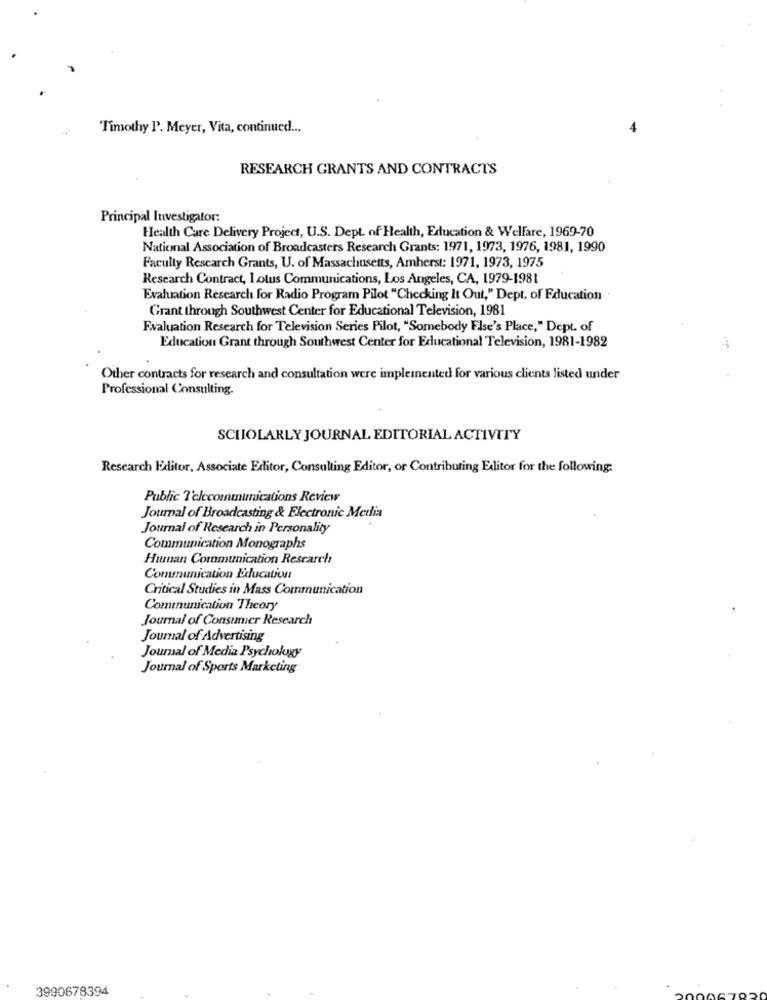
Timothy P. Meyer, Vita, continued ...
RESEARCH GRANTS AND CONTRACTS
Principal Investigator:
Health Care Delivery Project, U.S. Dept. of Health, Education & Welfare, 1969-70
National Association of Broadcasters Research Grants: 1971, 1973, 1976, 1981, 1990
Faculty Rescarch Grants, U. of Massachusetts, Amherst: 1971, 1973, 1975
Research Contract, Lotus Communications, Los Angeles, CA, 1979-1981
Evaluation Research for Radio Program Pilot "Checking It Out," Dept. of Education
Grant through Southwest Center for Educational Television, 1981
Evaluation Research for Television Series Pilot, "Somebody Else's Place," Dept. of
Education Grant through Southwest Center for Educational Television, 1981-1982
Other contracts for research and consultation were implemented for various clients listed under
Professional Consulting.
SCHOLARLY JOURNAL EDITORIAL ACTIVITY
Research Editor, Associate Editor, Consulting Editor, or Contributing Editor for the following:
Public T'elecommunications Review
Journal of Broadcasting & Electronic Media
Journal of Research in Personality
Communication Monographs
Human Communication Research
Communication Education
Critical Studies in Mass Communication
Communication Theory
Journal of Consumer Research
Journal of Advertising
Journal of Media Psychology
Journal of Sports Marketing
3990678394